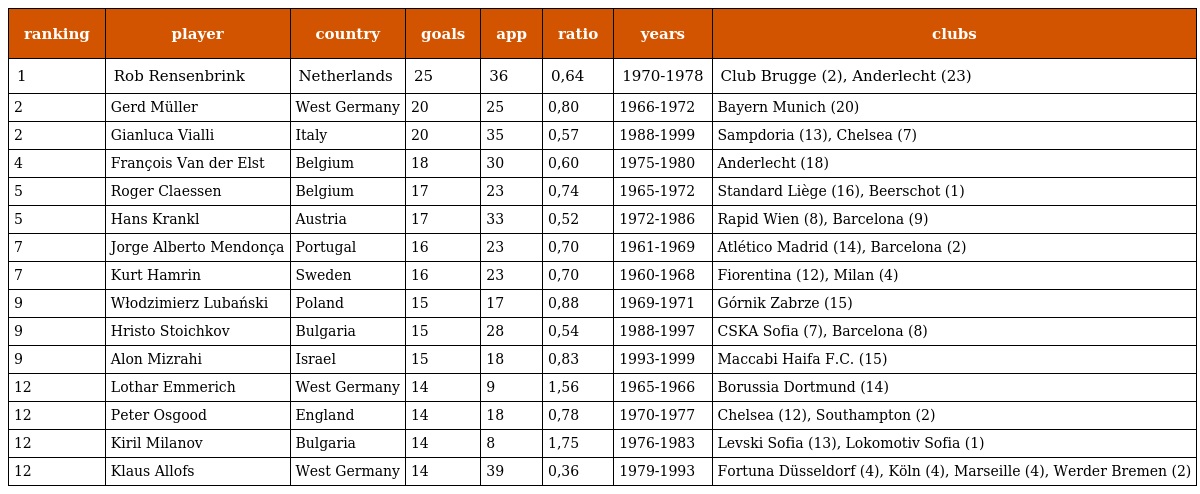
| ranking | player | country | goals | app | ratio | years | clubs |
 | --- | --- | --- | --- | --- | --- | --- | --- |
 | 1 | Rob Rensenbrink | Netherlands | 25 | 36 | 0,64 | 1970-1978 | Club Brugge (2), Anderlecht (23) |
 | 2 | Gerd Müller | West Germany | 20 | 25 | 0,80 | 1966-1972 | Bayern Munich (20) |
 | 2 | Gianluca Vialli | Italy | 20 | 35 | 0,57 | 1988-1999 | Sampdoria (13), Chelsea (7) |
 | 4 | François Van der Elst | Belgium | 18 | 30 | 0,60 | 1975-1980 | Anderlecht (18) |
 | 5 | Roger Claessen | Belgium | 17 | 23 | 0,74 | 1965-1972 | Standard Liège (16), Beerschot (1) |
 | 5 | Hans Krankl | Austria | 17 | 33 | 0,52 | 1972-1986 | Rapid Wien (8), Barcelona (9) |
 | 7 | Jorge Alberto Mendonça | Portugal | 16 | 23 | 0,70 | 1961-1969 | Atlético Madrid (14), Barcelona (2) |
 | 7 | Kurt Hamrin | Sweden | 16 | 23 | 0,70 | 1960-1968 | Fiorentina (12), Milan (4) |
 | 9 | Włodzimierz Lubański | Poland | 15 | 17 | 0,88 | 1969-1971 | Górnik Zabrze (15) |
 | 9 | Hristo Stoichkov | Bulgaria | 15 | 28 | 0,54 | 1988-1997 | CSKA Sofia (7), Barcelona (8) |
 | 9 | Alon Mizrahi | Israel | 15 | 18 | 0,83 | 1993-1999 | Maccabi Haifa F.C. (15) |
 | 12 | Lothar Emmerich | West Germany | 14 | 9 | 1,56 | 1965-1966 | Borussia Dortmund (14) |
 | 12 | Peter Osgood | England | 14 | 18 | 0,78 | 1970-1977 | Chelsea (12), Southampton (2) |
 | 12 | Kiril Milanov | Bulgaria | 14 | 8 | 1,75 | 1976-1983 | Levski Sofia (13), Lokomotiv Sofia (1) |
 | 12 | Klaus Allofs | West Germany | 14 | 39 | 0,36 | 1979-1993 | Fortuna Düsseldorf (4), Köln (4), Marseille (4), Werder Bremen (2) |